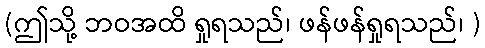
(ဤသို့ ဘဝအထိ ရှုရသည်၊ ဖန်ဖန်ရှုရသည်၊ )